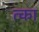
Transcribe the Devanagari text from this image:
त्का